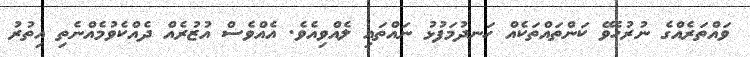
ވައްތަރެއްގެ ނުރުހެވޭ ކަންތައްތަކެއް ހަނދުމަފުޅު ނައްތައި ލެއްވިއެވެ. އެއްވެސް އުޒުރެއް ދެއްކެވުމެއްނެތި އިތުރު